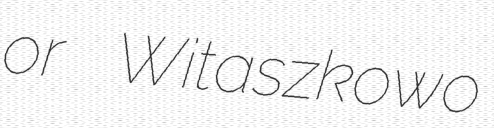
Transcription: or Witaszkowo